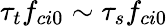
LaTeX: \tau_{t}f_{ci0}\sim\tau_{s}f_{ci0}